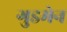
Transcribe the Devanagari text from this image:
गुडमेन